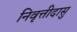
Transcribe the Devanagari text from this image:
निवृत्तीदासु